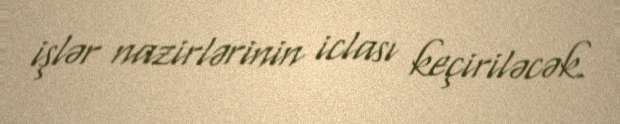
işlər nazirlərinin iclası keçiriləcək.